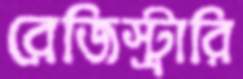
রেজিস্ট্রারি